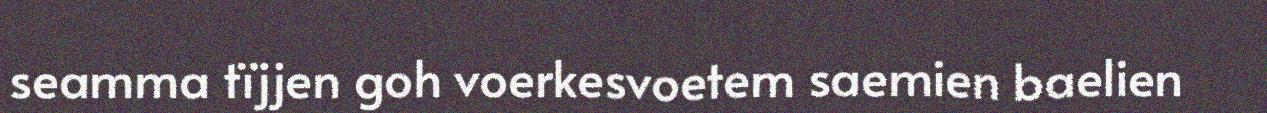
seamma tïjjen goh voerkesvoetem saemien baelien